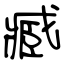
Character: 臧